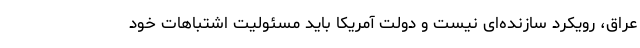
عراق، رویکرد سازنده‌ای نیست و دولت آمریکا باید مسئولیت اشتباهات خود